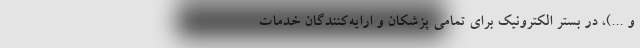
و ...)، در بستر الکترونیک برای تمامی پزشکان و ارایه‌کنندگان خدمات